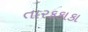
તારકકાકા